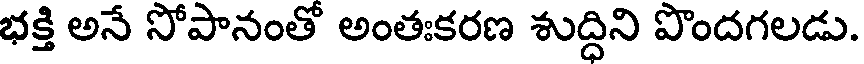
భక్తి అనే సోపానంతో అంతఃకరణ శుద్దిని పొందగలడు.